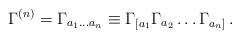
LaTeX: \begin{align*}\Gamma^{(n)}=\Gamma_{a_1\ldots a_n}\equiv\Gamma_{[a_1}\Gamma_{a_2}\ldots \Gamma_{a_n]}\,.\end{align*}